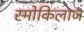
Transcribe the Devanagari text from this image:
स्मोकिलाज